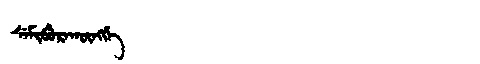
Manchu: ᠰᡝᠮᡳᠪᡠᡵᠠᡴᡡᠩᡤᡝ
Romanization: SEMIBURAKŪNGGE